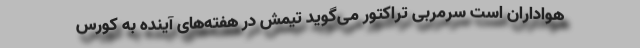
هواداران است سرمربی تراکتور می‌گوید تیمش در هفته‌های آینده به کورس